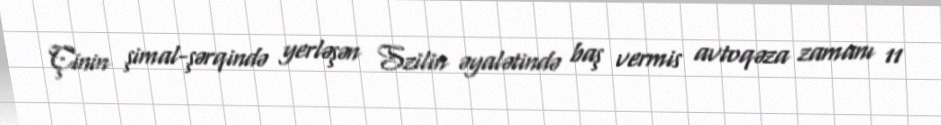
Çinin şimal-şərqində yerləşən Szilin əyalətində baş vermis avtoqəza zamanı 11